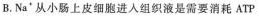
B.Na'从小肠上皮细胞进入组织液是需要消耗ATP